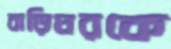
বাড়িঘরকে